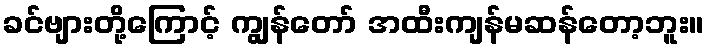
ခင်ဗျားတို့ကြောင့် ကျွန်တော် အထီးကျန်မဆန်တော့ဘူး။